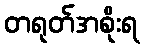
တရုတ်အစိုးရ